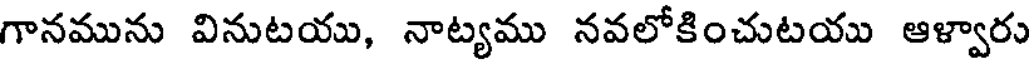
గానమును వినుటయు, నాట్యము నవలోకించుటయు ఆళ్వారు